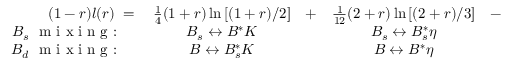
\begin{array} { r c c c c l } { { ( 1 - r ) l ( r ) \; = \; } } & { { \frac { 1 } { 4 } ( 1 + r ) \ln \left[ ( 1 + r ) / 2 \right] } } & { { + } } & { { \frac { 1 } { 1 2 } ( 2 + r ) \ln \left[ ( 2 + r ) / 3 \right] } } & { { - } } & { { \frac { 3 } { 4 } r \ln ( r ) } } \\ { { B _ { s } ~ \textrm { m i x i n g : } \quad } } & { { B _ { s } \leftrightarrow B ^ { * } K } } & { { } } & { { B _ { s } \leftrightarrow B _ { s } ^ { * } \eta } } & { { } } & { { } } \\ { { B _ { d } ~ \textrm { m i x i n g : } \quad } } & { { B \leftrightarrow B _ { s } ^ { * } K } } & { { } } & { { B \leftrightarrow B ^ { * } \eta } } & { { } } & { { B \leftrightarrow B ^ { * } \pi } } \end{array}